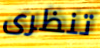
تنظرى